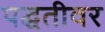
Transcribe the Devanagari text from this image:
पद्घतीवर